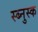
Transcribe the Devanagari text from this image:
स्ब्नुस्क